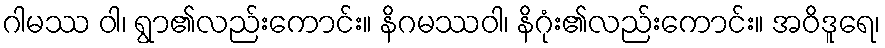
ဂါမဿ ဝါ၊ ရွာ၏လည်းကောင်း။ နိဂမဿဝါ၊ နိဂုံး၏လည်းကောင်း။ အဝိဒူရေ၊